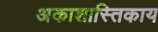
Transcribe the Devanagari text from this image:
अकाशास्तिकाय